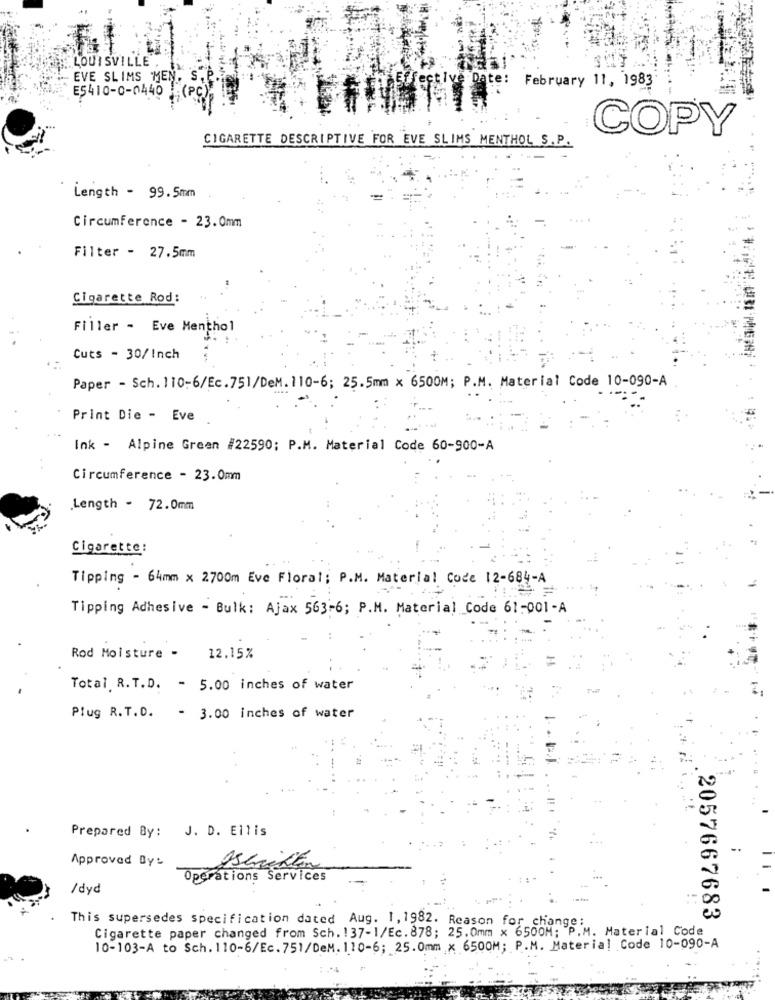
LOUISVILLE
- EVE SLIMS MEN
E5410-0-0440
February 11, 1983
COPY
CIGARETTE DESCRIPTIVE FOR EVE SLIMS MENTHOL S.P.
Length - 99. 5mm
Circumference - 23.0mm
Filter - 27.5mm
Cigarette Rod:
Filler - Eve Menthol
Cuts - 30/Inch
Paper - Sch. 110-6/Ec.751/DeM.110-6; 25.5mm x 6500M; P.M. Material Code 10-090-A
Print Die - Eve
Ink - Alpine Green #22590; P.M. Material Code 60-900-A
Circumference - 23.0mm
Length - 72.0mm
Cigarette:
Tipping - 64mm x 2700m Eve Floral; P.M. Material Code 12-684-A
Tipping Adhesive - Bulk: Ajax 563-6; P.M. Material Code 61-001-A
Rod Moisture - 12.15%
Total R.T.D. - 5.00 inches of water
Plug R.T.D. - 3.00 inches of water
Prepared By: J. D. Ellis
Approved By:
Operations Services
/dyd
2057667683
Cigarette paper changed from Sch. 137-1/Ec.878; 25.0mm x 6500M; P.M
This supersedes specification dated Aug. 1, 1982. Reason for change' . Material Code
10-103-A to Sch.110-6/Ec.751/DeM. 110-6; 25.0mm × 6500M; P.M. Material Code 10-090-A